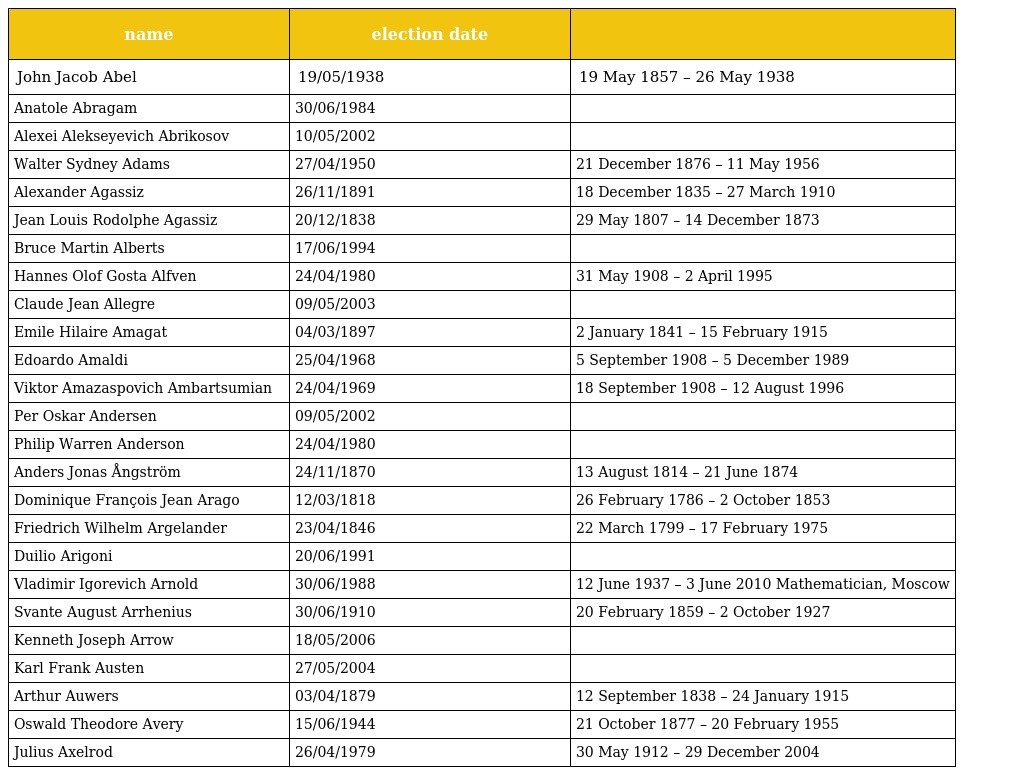
| name | election date |  |
 | --- | --- | --- |
 | John Jacob Abel | 19/05/1938 | 19 May 1857 – 26 May 1938 |
 | Anatole Abragam | 30/06/1984 |  |
 | Alexei Alekseyevich Abrikosov | 10/05/2002 |  |
 | Walter Sydney Adams | 27/04/1950 | 21 December 1876 – 11 May 1956 |
 | Alexander Agassiz | 26/11/1891 | 18 December 1835 – 27 March 1910 |
 | Jean Louis Rodolphe Agassiz | 20/12/1838 | 29 May 1807 – 14 December 1873 |
 | Bruce Martin Alberts | 17/06/1994 |  |
 | Hannes Olof Gosta Alfven | 24/04/1980 | 31 May 1908 – 2 April 1995 |
 | Claude Jean Allegre | 09/05/2003 |  |
 | Emile Hilaire Amagat | 04/03/1897 | 2 January 1841 – 15 February 1915 |
 | Edoardo Amaldi | 25/04/1968 | 5 September 1908 – 5 December 1989 |
 | Viktor Amazaspovich Ambartsumian | 24/04/1969 | 18 September 1908 – 12 August 1996 |
 | Per Oskar Andersen | 09/05/2002 |  |
 | Philip Warren Anderson | 24/04/1980 |  |
 | Anders Jonas Ångström | 24/11/1870 | 13 August 1814 – 21 June 1874 |
 | Dominique François Jean Arago | 12/03/1818 | 26 February 1786 – 2 October 1853 |
 | Friedrich Wilhelm Argelander | 23/04/1846 | 22 March 1799 – 17 February 1975 |
 | Duilio Arigoni | 20/06/1991 |  |
 | Vladimir Igorevich Arnold | 30/06/1988 | 12 June 1937 – 3 June 2010 Mathematician, Moscow |
 | Svante August Arrhenius | 30/06/1910 | 20 February 1859 – 2 October 1927 |
 | Kenneth Joseph Arrow | 18/05/2006 |  |
 | Karl Frank Austen | 27/05/2004 |  |
 | Arthur Auwers | 03/04/1879 | 12 September 1838 – 24 January 1915 |
 | Oswald Theodore Avery | 15/06/1944 | 21 October 1877 – 20 February 1955 |
 | Julius Axelrod | 26/04/1979 | 30 May 1912 – 29 December 2004 |